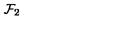
{ \cal F } _ { 2 }